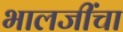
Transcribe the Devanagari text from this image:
भालजींचा